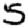
Digit: 5